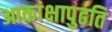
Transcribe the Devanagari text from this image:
आकांक्षापुढति